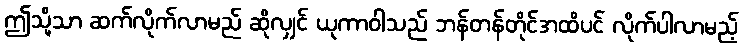
ဤသို့သာ ဆက်လိုက်လာမည် ဆိုလျှင် ယုကာဝါသည် ဘန်တန်တိုင်အထိပင် လိုက်ပါလာမည့်